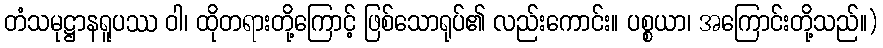
တံသမုဋ္ဌာနရူပဿ ဝါ၊ ထိုတရားတို့ကြောင့် ဖြစ်သောရုပ်၏ လည်းကောင်း။ ပစ္စယာ၊ အကြောင်းတို့သည်။)